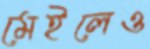
মেইলেও